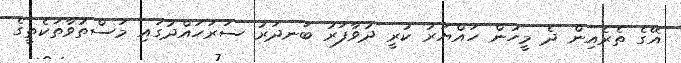
އޭގެ ތެރެއިން ދެ މީހުން ހައްޔަރު ކުރީ ދުވާފަރު ބަނދަރު ސަރަހައްދުގައި މަސްތުވާތަކެތީގެ